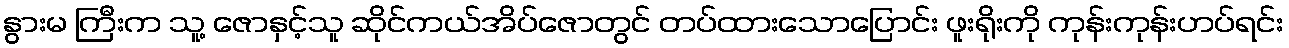
နွားမ ကြီးက သူ့ ဇောနှင့်သူ ဆိုင်ကယ်အိပ်ဇောတွင် တပ်ထားသောပြောင်း ဖူးရိုးကို ကုန်းကုန်းဟပ်ရင်း